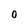
Character: o